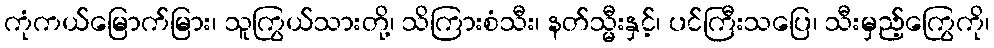
ကုံကယ်မြောက်မြား၊ သူကြွယ်သားတို့၊ သိကြားစံသီး၊ နတ်သ္မီးနှင့်၊ ပင်ကြီးသပြေ၊ သီးမှည့်ကြွေကို၊